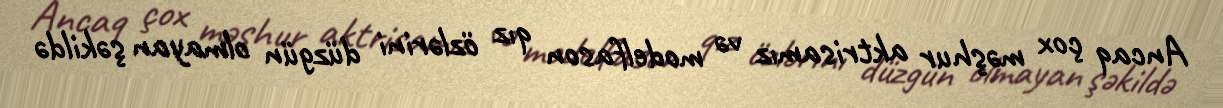
Ancaq çox məşhur aktrisamız və modelfason qız özlərini düzgün olmayan şəkildə